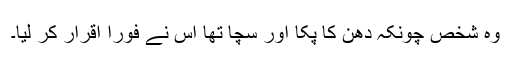
وہ شخص چونکہ دھن کا پکا اور سچا تھا اس نے فوراً اقرار کر لیا۔